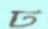
ট